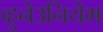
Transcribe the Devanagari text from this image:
व्हुनेउनियेम